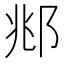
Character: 𫑜